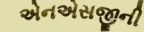
એનએસજીની